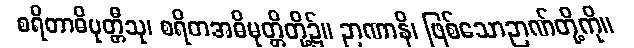
စရိတာဓိမုတ္တီသု၊ စရိတအဓိမုတ္တိတို့၌။ ဉာဏာနိ၊ ဖြစ်သောဉာဏ်တို့ကို။